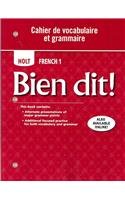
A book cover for Bien dit!: Cahier de vocabulaire et grammaire Level 1A/1B/1; RINEHART AND WINSTON HOLT; Teen & Young Adult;